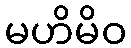
မဟိမိဝ